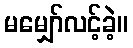
မမျှော်လင့်ခဲ့။